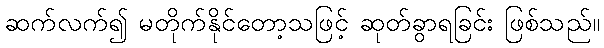
ဆက်လက်၍ မတိုက်နိုင်တော့သဖြင့် ဆုတ်ခွာရခြင်း ဖြစ်သည်။